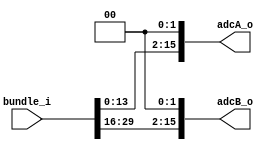
`timescale 1ns / 1ps
//////////////////////////////////////////////////////////////////////////////////
//////////////////////////////////////////////////////////////////////////////////


module input_extractor(
    input wire [31:0] bundle_i,
    output wire [15:0] adcA_o,
    output wire [15:0] adcB_o
    );
    
    assign adcA_o = bundle_i[15:0] <<< 2;
    assign adcB_o = bundle_i[31:16] <<< 2;
    
endmodule